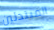
المبتدئين